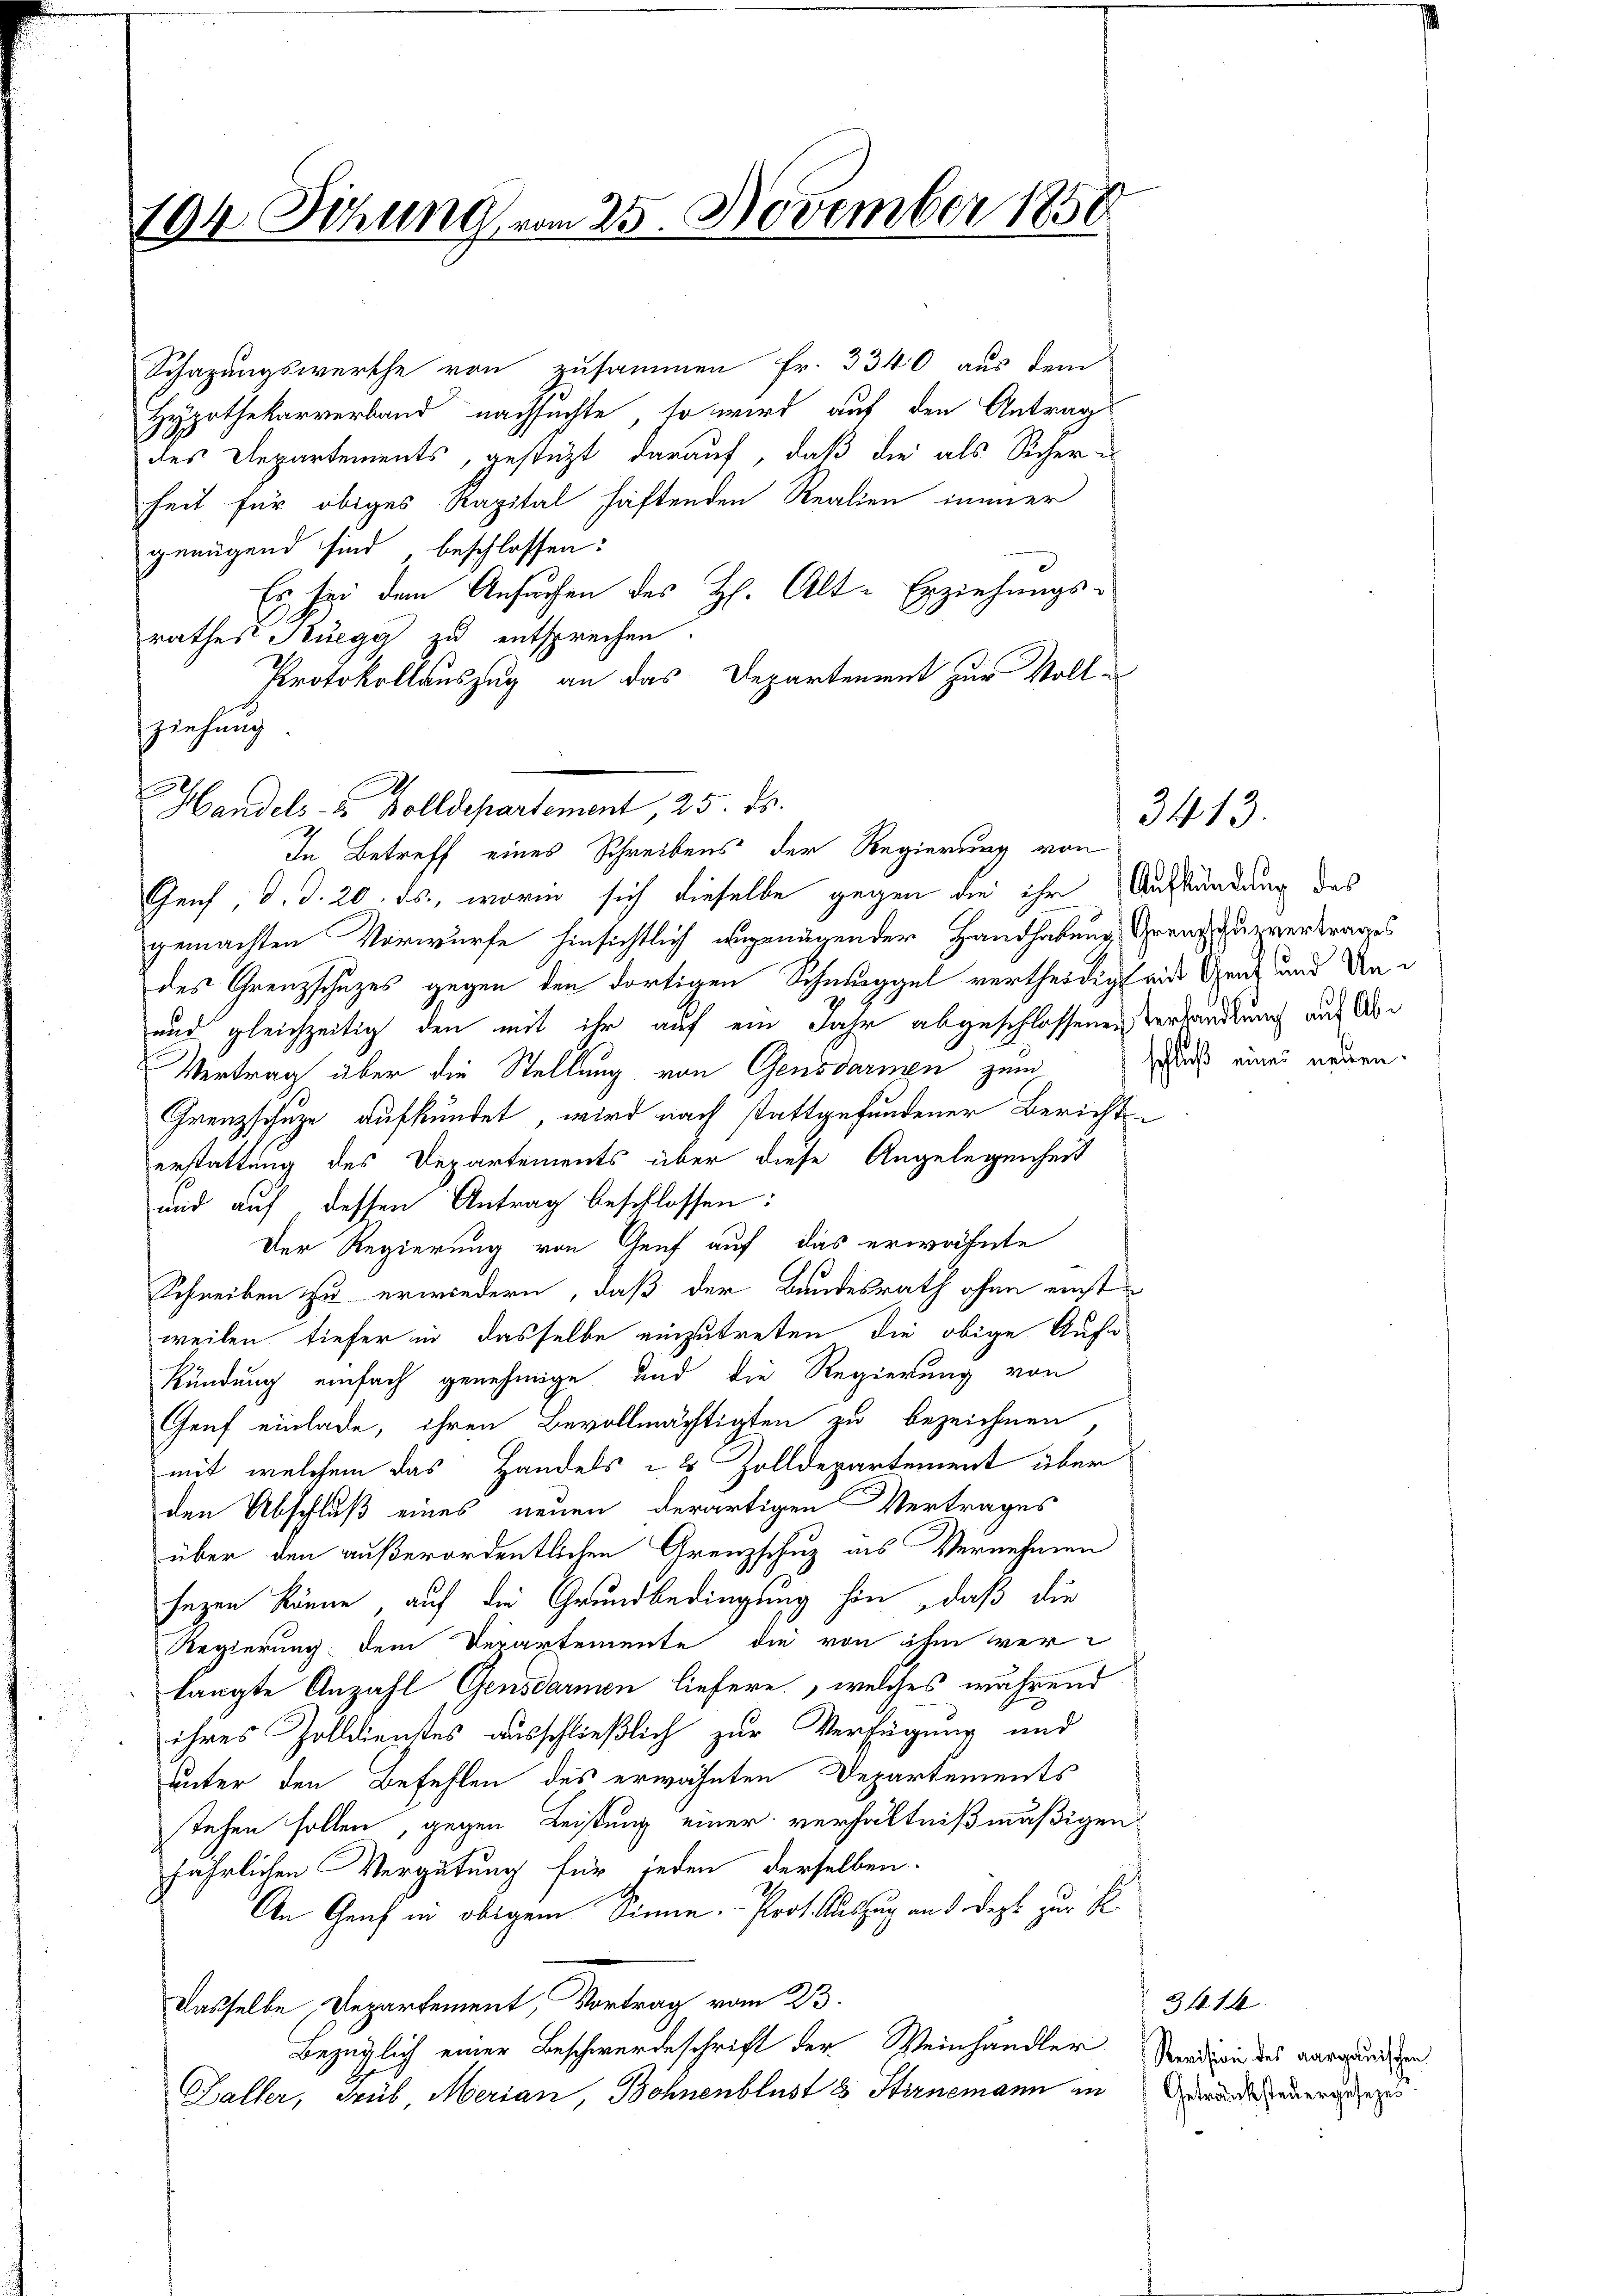
194. Sitzung vom 25. November 1850.

Schazungswerthe von zusammen Fr. 3340 aus dem
Hypothekarverband nachsuchte, so wird auf den Antrag
des Departements, gestützt darauf, daß die als Sicher-
heit für obiges Kapital haftenden Realien immer
genügend sind beschlossen:
Es sei dem Ansuchen des H. Alt-Erziehungsrathes Ruegg zu entsprechen.
Protokollauszug an das Departement zur Vollziehung
Gens, d. d. 20. ds., worin sich dieselbe gegen die ihr Ausständung des
gemachten Vorwurfe hinsichtlich ungenügender Handhabung, Grenz zuzvertrages
des Grenzschuzes gegen den dortigen Schmuggel vertheidigt ein Graf und Un¬
und gleichzeitig den mit ihr auf ein Jahr abgeschlossenen Verhandlung aus Ab¬
Vertrag aber die Stellung von Gensdarmen zum
Grenzschuze aufkündet, wird nach stattgefundener Berichtserstattung des Departements über diese Angelegenheit
und auf, dessen Antrag beschlossen:
Der Regierung von Genf auf das erwähnte
Schreiben zu erwiedern, daß der Bundesrath ohne einstweilen tiefer in dasselbe einzutreten die obige Aufn
Kündung einfach genehmige und die Regierung von
Gruf einlade, ihren Bevollmächtigten zu bezeichnen
mit, welchem das Handels - 8 Zolldepartement über
den Abschluß eines neuen derartigen Vertrages
über den außerordentlichen Grenzschuz ins Vernehmen
sezen könne, auf die Grundbedingung hin, daß die
Regierung dem Departemente die von ihm verlangte Anzahl Gensdarmen liefere, welches während
ihres Zolldienstes ausschließlich zur Verfügung und
unter den Befehlen des erwähnten Departements
stehen sollen, gegen Leistung einer verhältnißmäßigen
jährlichen Vergütung für jeden derselben.
An Graf in obigem Sinne. - Prof. Auszug an d. dezt zur R
Dasselbe, Departement, Vortrag vom 23.
Bezüglich einer Beschwerdeschrift der Weinhandler Verdien des vergundigen
Baller, Trüb, Merian, Bohnenblust 8 Stirnemann in und einen

Handels- u. Bolldepartement, 25. ds.
In Betreff eines Schreibens der Regierung von

schluß eines neuen.

3413.

3414